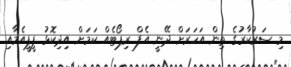
މި ސަރުކާރުގެ ތިން އަހަރަށް ދޭނީ އެފް ރިޕޯޓެއް ކަމަށް އިދިކޮޅު ޕީޕީއެމާއި